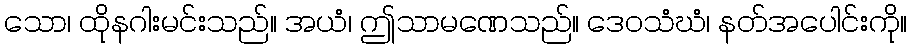
သော၊ ထိုနဂါးမင်းသည်။ အယံ၊ ဤသာမဏေသည်။ ဒေဝသံဃံ၊ နတ်အပေါင်းကို။